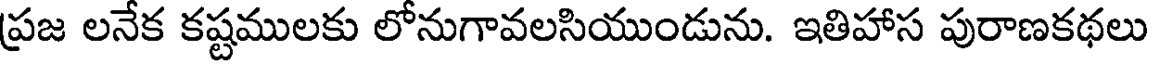
ప్రజ లనేక కష్టములకు లోనుగావలసియుండును. ఇతిహాస పురాణకథలు